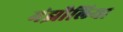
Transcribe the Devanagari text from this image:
मंझौलिया